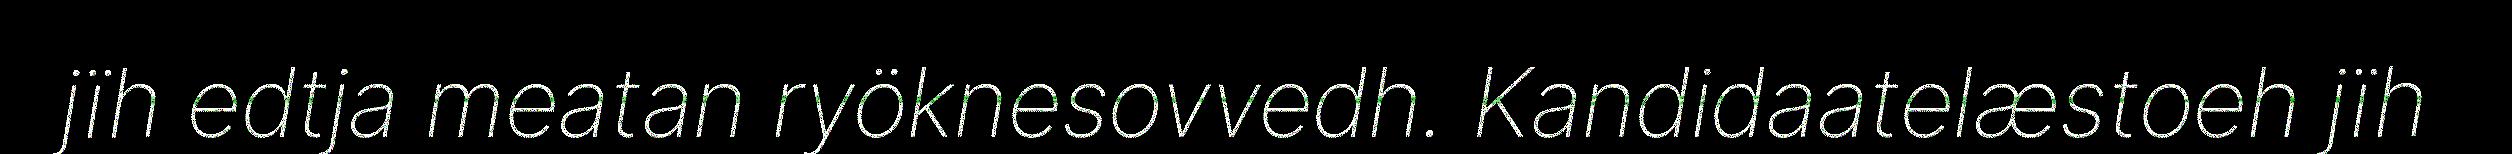
jïh edtja meatan ryöknesovvedh. Kandidaatelæstoeh jïh